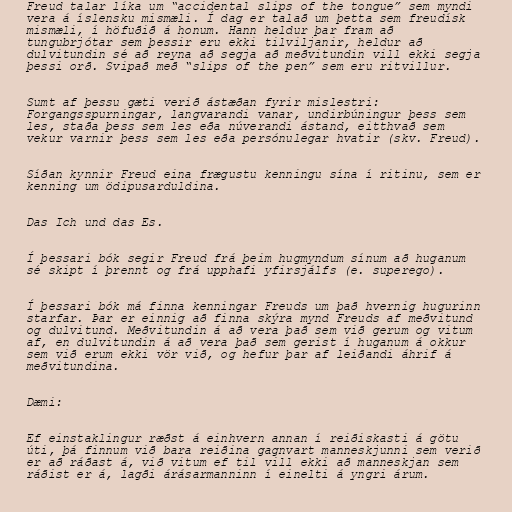
Freud talar líka um “accidental slips of the tongue” sem myndi
vera á íslensku mismæli. Í dag er talað um þetta sem freudísk
mismæli, í höfuðið á honum. Hann heldur þar fram að
tungubrjótar sem þessir eru ekki tilviljanir, heldur að
dulvitundin sé að reyna að segja að meðvitundin vill ekki segja
þessi orð. Svipað með “slips of the pen” sem eru ritvillur.

Sumt af þessu gæti verið ástæðan fyrir mislestri:
Forgangsspurningar, langvarandi vanar, undirbúningur þess sem
les, staða þess sem les eða núverandi ástand, eitthvað sem
vekur varnir þess sem les eða persónulegar hvatir (skv. Freud).

Síðan kynnir Freud eina frægustu kenningu sína í ritinu, sem er
kenning um ödipusarduldina.

Das Ich und das Es.

Í þessari bók segir Freud frá þeim hugmyndum sínum að huganum
sé skipt í þrennt og frá upphafi yfirsjálfs (e. superego).

Í þessari bók má finna kenningar Freuds um það hvernig hugurinn
starfar. Þar er einnig að finna skýra mynd Freuds af meðvitund
og dulvitund. Meðvitundin á að vera það sem við gerum og vitum
af, en dulvitundin á að vera það sem gerist í huganum á okkur
sem við erum ekki vör við, og hefur þar af leiðandi áhrif á
meðvitundina.

Dæmi:

Ef einstaklingur ræðst á einhvern annan í reiðiskasti á götu
úti, þá finnum við bara reiðina gagnvart manneskjunni sem verið
er að ráðast á, við vitum ef til vill ekki að manneskjan sem
ráðist er á, lagði árásarmanninn í einelti á yngri árum.